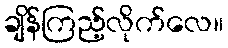
ချိန်ကြည့်လိုက်လေ။